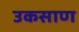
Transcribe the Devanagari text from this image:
उकसाण